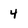
Character: 4